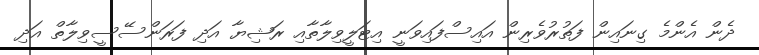
ދެން އެންމެ ގިނައިން ފަތުރުވެރިން އައިސްފައިވަނީ އިޓަލީވިލާތާއި ރަޝިޔާ އަދި ފަރަންސޭސީވިލާތް އަދި